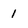
Character: 1